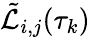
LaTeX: \tilde{\mathcal{L}}_{i,j}(\tau_{k})